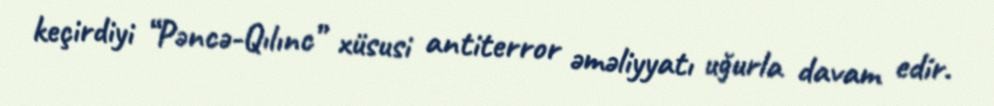
keçirdiyi “Pəncə-Qılınc” xüsusi antiterror əməliyyatı uğurla davam edir.